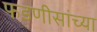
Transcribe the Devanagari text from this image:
फडणीसांच्या